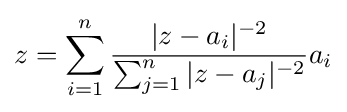
z=\sum _{i=1}^{n}{\frac {|z-a_{i}|^{-2}}{\sum _{j=1}^{n}|z-a_{j}|^{-2}}}a_{i}